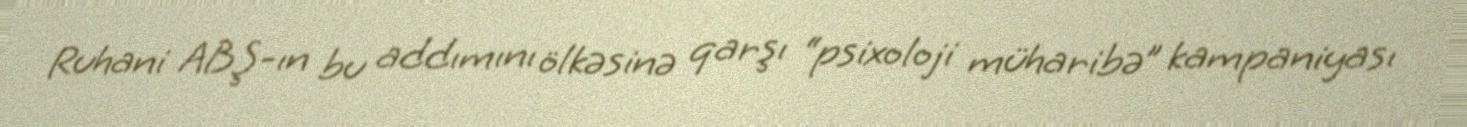
Ruhani ABŞ-ın bu addımını ölkəsinə qarşı “psixoloji müharibə” kampaniyası